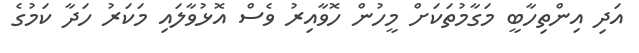
އަދި އިންތިހާބީ މަގާމުތަކަށް މީހުން ހޮވާއިރު ވެސް އޮޅުވާލައި މަކަރު ހަދާ ކަމުގެ